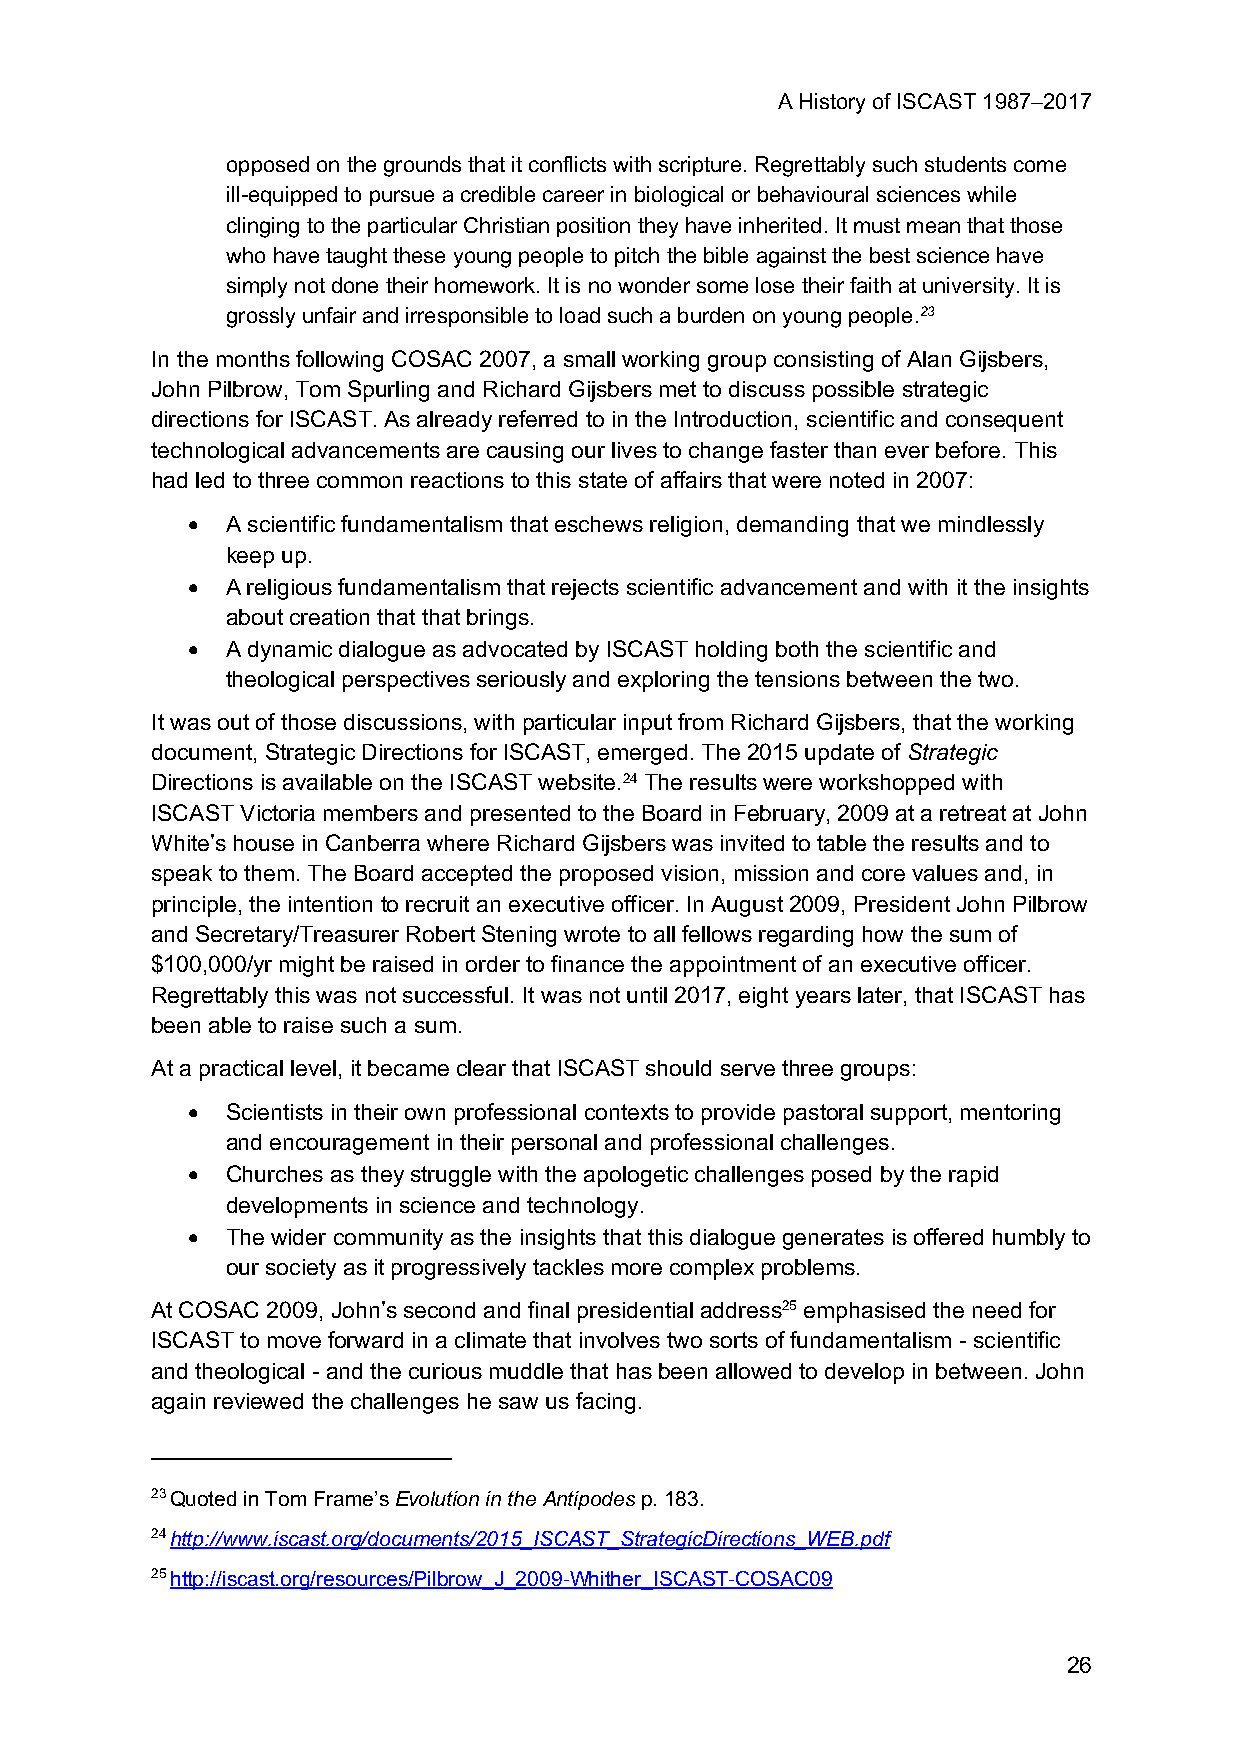
A History of ISCAST 1987–2017
 opposed on the grounds that it conflicts with scripture. Regrettably such students come
 ill-equipped to pursue a credible career in biological or behavioural sciences while
 clinging to the particular Christian position they have inherited. It must mean that those
 who have taught these young people to pitch the bible against the best science have
 simply not done their homework. It is no wonder some lose their faith at university. It is
 grossly unfair and irresponsible to load such a burden on young people.23
 In the months following COSAC 2007, a small working group consisting of Alan Gijsbers,
 John Pilbrow, Tom Spurling and Richard Gijsbers met to discuss possible strategic
 directions for ISCAST. As already referred to in the Introduction, scientific and consequent
 technological advancements are causing our lives to change faster than ever before. This
 had led to three common reactions to this state of affairs that were noted in 2007:
 •  A scientific fundamentalism that eschews religion, demanding that we mindlessly
 keep up.
 •  A religious fundamentalism that rejects scientific advancement and with it the insights
 about creation that that brings.
 •  A dynamic dialogue as advocated by ISCAST holding both the scientific and
 theological perspectives seriously and exploring the tensions between the two.
 It was out of those discussions, with particular input from Richard Gijsbers, that the working
 document, Strategic Directions for ISCAST, emerged. The 2015 update of Strategic
 Directions is available on the ISCAST website.24 The results were workshopped with
 ISCAST Victoria members and presented to the Board in February, 2009 at a retreat at John
 White’s house in Canberra where Richard Gijsbers was invited to table the results and to
 speak to them. The Board accepted the proposed vision, mission and core values and, in
 principle, the intention to recruit an executive officer. In August 2009, President John Pilbrow
 and Secretary/Treasurer Robert Stening wrote to all fellows regarding how the sum of
 $100,000/yr might be raised in order to finance the appointment of an executive officer.
 Regrettably this was not successful. It was not until 2017, eight years later, that ISCAST has
 been able to raise such a sum.
 At a practical level, it became clear that ISCAST should serve three groups:
 •  Scientists in their own professional contexts to provide pastoral support, mentoring
 and encouragement in their personal and professional challenges.
 •  Churches as they struggle with the apologetic challenges posed by the rapid
 developments in science and technology.
 •  The wider community as the insights that this dialogue generates is offered humbly to
 our society as it progressively tackles more complex problems.
 At COSAC 2009, John’s second and final presidential address25 emphasised the need for
 ISCAST to move forward in a climate that involves two sorts of fundamentalism - scientific
 and theological - and the curious muddle that has been allowed to develop in between. John
 again reviewed the challenges he saw us facing.
 23 Quoted in Tom Frame’s Evolution in the Antipodes p. 183.
 24 http://www.iscast.org/documents/2015_ISCAST_StrategicDirections_WEB.pdf
 25 http://iscast.org/resources/Pilbrow_J_2009-Whither_ISCAST-COSAC09
 26